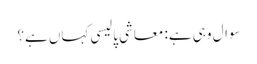
سوال وہی ہے: معاشی پالیسی کہاں ہے؟